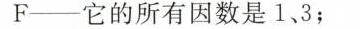
F──它的所有因数是1、3；